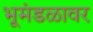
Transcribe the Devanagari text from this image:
भूमंडळावर